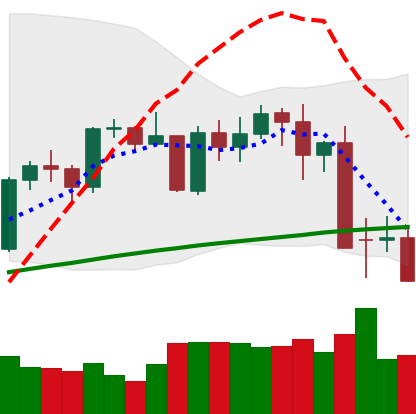
Ticker: BTC-USD
Chart end date: 2021-05-15
Forward return: -12.783%
Label: down_7plus